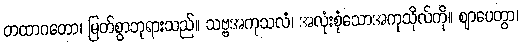
တထာဂတော၊ မြတ်စွာဘုရားသည်။ သဗ္ဗအကုသလံ၊ အလုံးစုံသောအကုသိုလ်ကို။ ဈာပေတွာ၊